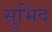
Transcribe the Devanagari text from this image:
सुभिद